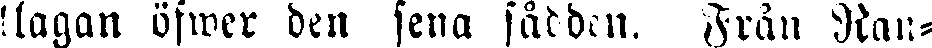
'lagan öfwer den sena sådden. Från Kan-